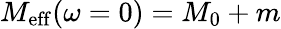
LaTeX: M_{\mathrm{eff}}(\omega=0)=M_{0}+m